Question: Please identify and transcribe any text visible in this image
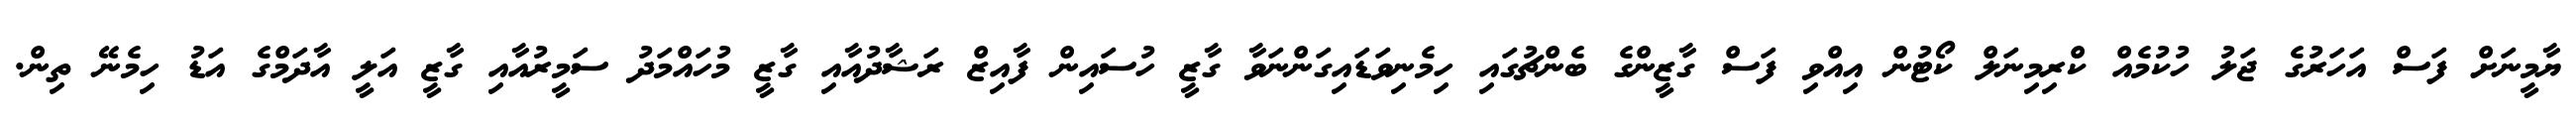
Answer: ޔާމީނަށް ފަސް އަހަރުގެ ޖަލު ހުކުމެއް ކްރިމިނަލް ކޯޓުން އިއްވި ފަސް ގާޒީންގެ ބެންޗުގައި ހިމެނިވަޑައިގަންނަވާ ގާޒީ ހުސައިން ފާއިޒް ރަޝާދުއާއި ގާޒީ މުހައްމަދު ސަމީރުއާއި ގާޒީ އަލީ އާދަމްގެ އަޑު ހިމެނޭ ތިން.